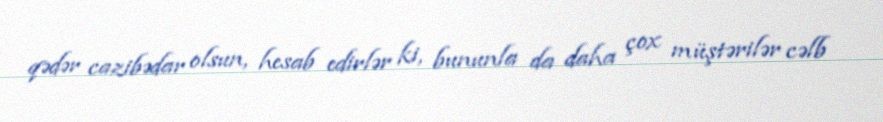
qədər cazibədar olsun, hesab edirlər ki, bununla da daha çox müştərilər cəlb